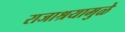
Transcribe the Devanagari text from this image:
राजाश्रयामुळे